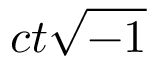
c t { \sqrt { - 1 } }